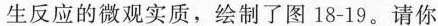
生反应的微观实质，绘制了图18-19。请你